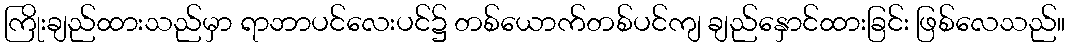
ကြိုးချည်ထားသည်မှာ ရာဘာပင်လေးပင်၌ တစ်ယောက်တစ်ပင်ကျ ချည်နှောင်ထားခြင်း ဖြစ်လေသည်။